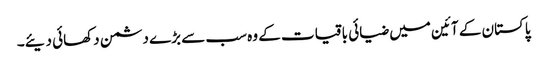
پاکستان کے آئین میں ضیائی باقیات کے وہ سب سے بڑے دشمن دکھائی دیئے۔